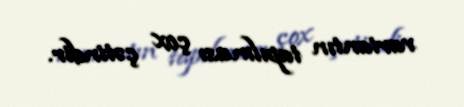
variantın tapılması çox çətindir.